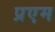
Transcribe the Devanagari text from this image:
प्रएम